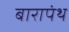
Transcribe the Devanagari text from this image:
बारापंथ